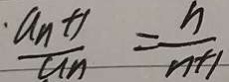
\frac { \cdot a _ { n } + 1 } { a _ { n } } = \frac { n } { n + 1 }